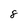
Character: 8